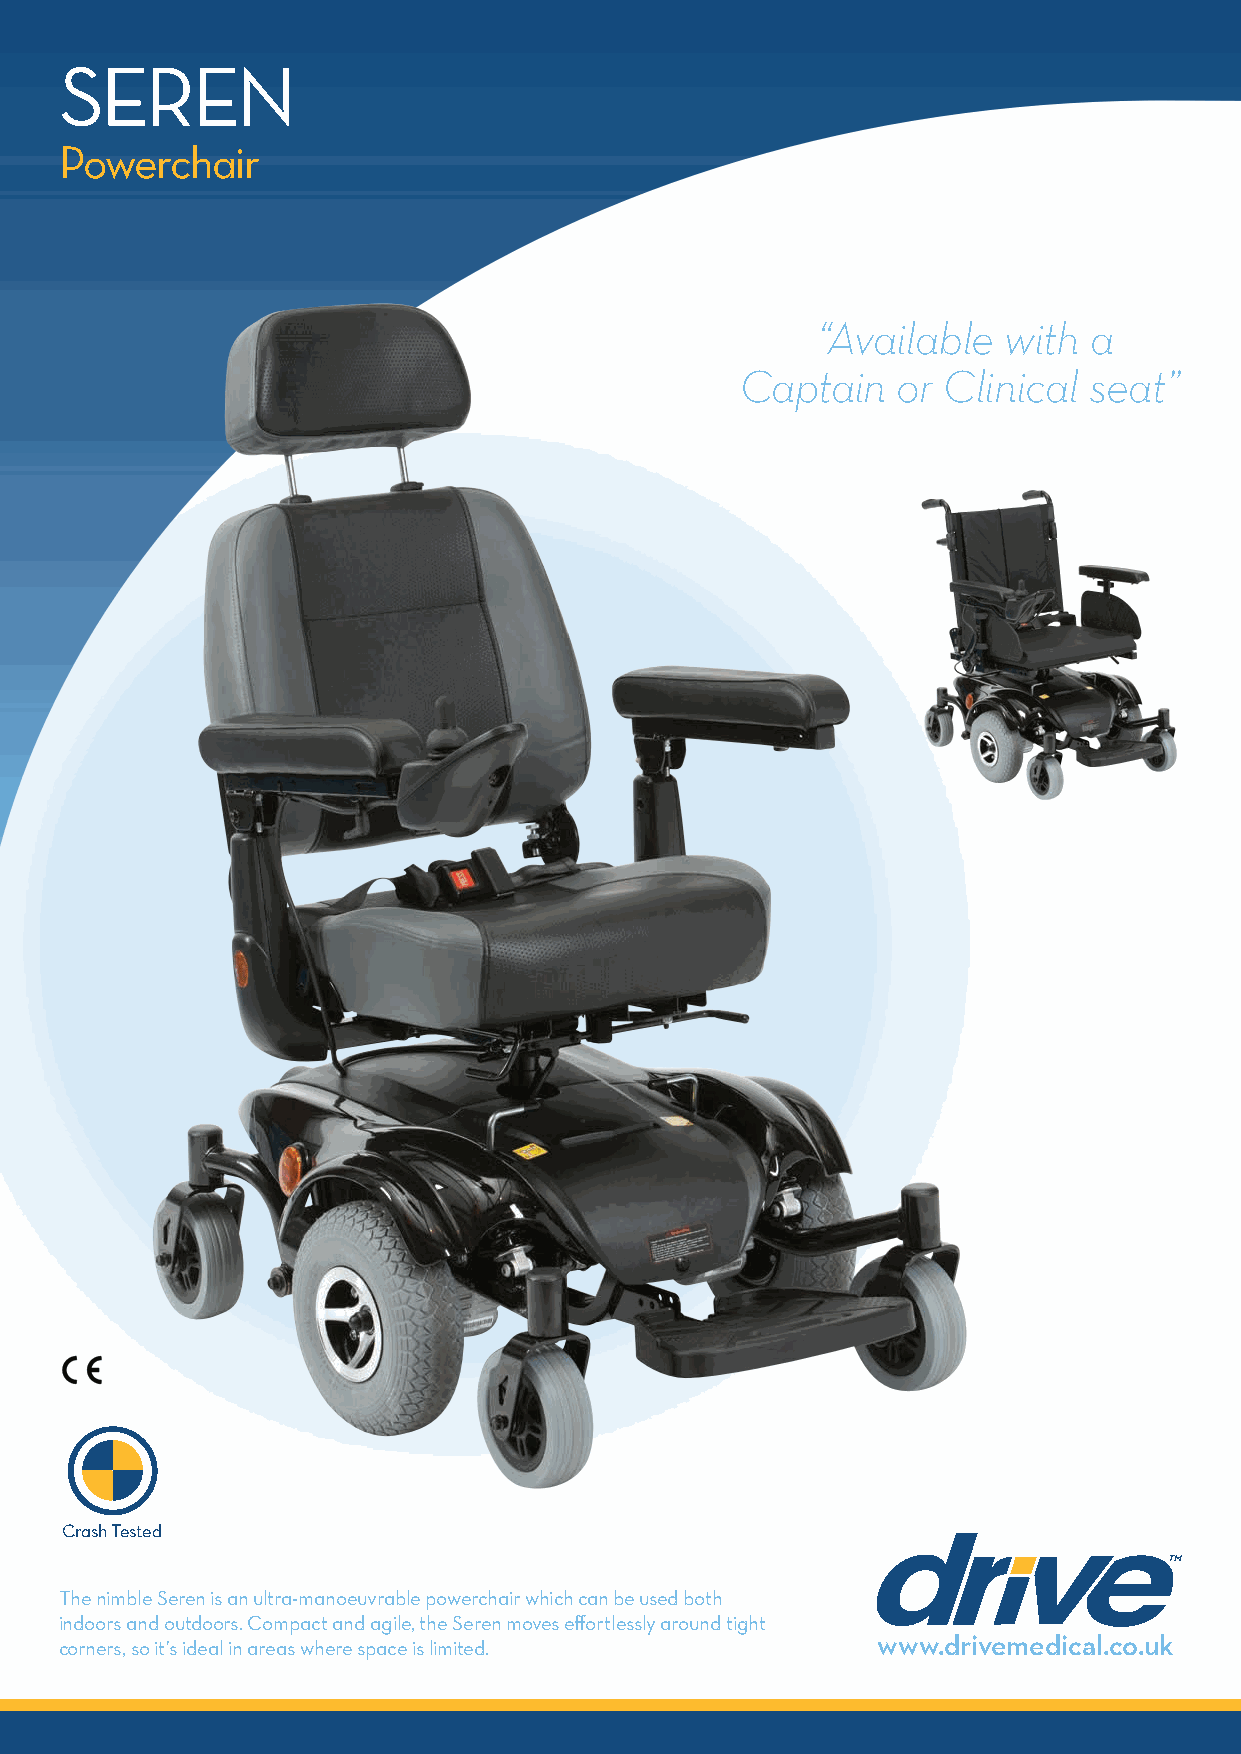
SEREN
 Powerchair
 “Available  with  a
 Captain   or Clinical  seat”
 Crash Tested
 The nimble Seren is an ultra-manoeuvrable powerchair which can be used both
 indoors and outdoors. Compact and agile, the Seren moves effortlessly around tight
 www.drivemedical.co.uk
 corners, so it’s ideal in areas where space is limited.